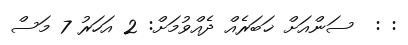
: :  ސަންއަށް ޚަބަރެއް ދެއްވުމަށް: 2 އަހަރު 7 މަސް